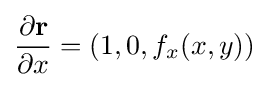
{\partial \mathbf {r}  \over \partial x}=(1,0,f_{x}(x,y))